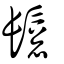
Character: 𩮀